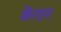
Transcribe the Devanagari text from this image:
केंगार